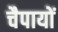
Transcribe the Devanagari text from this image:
चैपायों